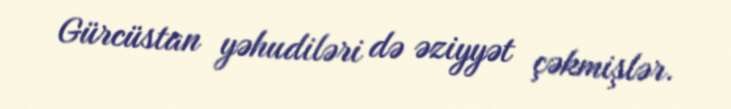
Gürcüstan yəhudiləri də əziyyət çəkmişlər.